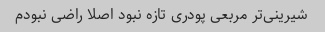
شیرینی‌تر مربعی پودری تازه نبود اصلا راضی نبودم